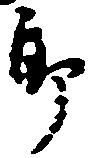
郎